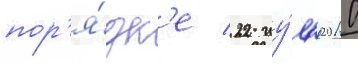
пор'я́дк'е 22 иу́л'я 2010